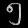
Digit: ၅